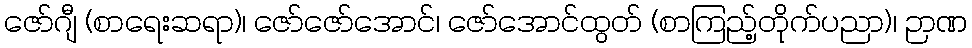
ဇော်ဂျီ (စာရေးဆရာ)၊ ဇော်ဇော်အောင်၊ ဇော်အောင်ထွတ် (စာကြည့်တိုက်ပညာ)၊ ဉာဏ